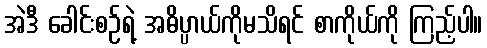
အဲဒီ ခေါင်းစဉ်ရဲ့ အဓိပ္ပာယ်ကိုမသိရင် စာကိုယ်ကို ကြည့်ပါ။